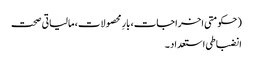
(حکومتی اخراجات، بارِ محصولات، مالیاتی صحت
انضباطی استعداد ۔